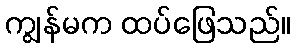
ကျွန်မက ထပ်ဖြေသည်။